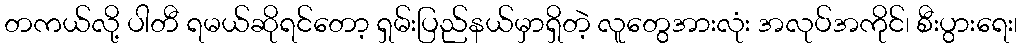
တကယ်လို့ ပါတီ ရမယ်ဆိုရင်တော့ ရှမ်းပြည်နယ်မှာရှိတဲ့ လူတွေအားလုံး အလုပ်အကိုင်၊ စီးပွားရေး၊